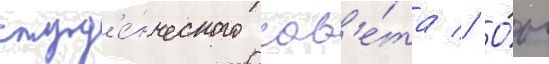
студ'е́нческого сов'е́та // О́н